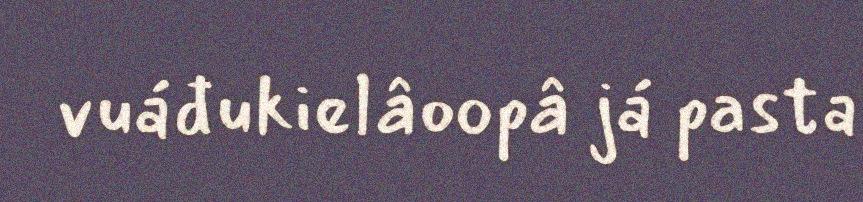
vuáđukielâoopâ já pasta